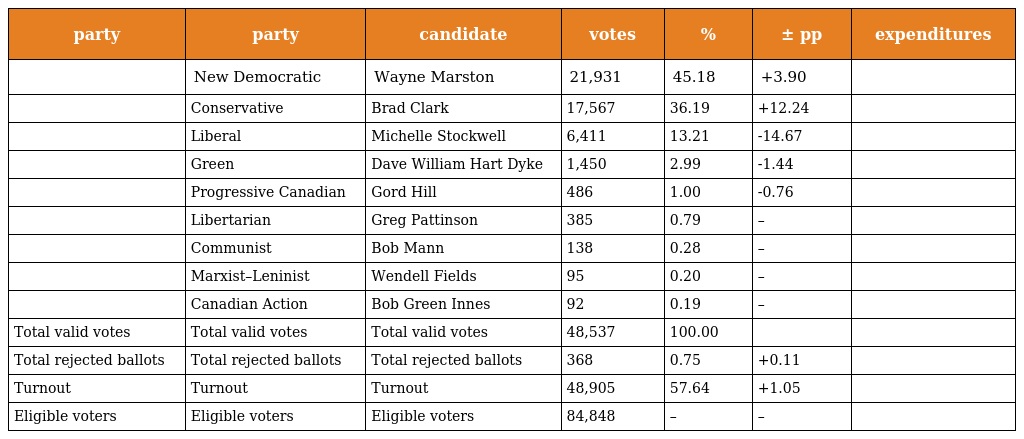
| party | party | candidate | votes | % | ± pp | expenditures |
 | --- | --- | --- | --- | --- | --- | --- |
 |  | New Democratic | Wayne Marston | 21,931 | 45.18 | +3.90 |  |
 |  | Conservative | Brad Clark | 17,567 | 36.19 | +12.24 |  |
 |  | Liberal | Michelle Stockwell | 6,411 | 13.21 | -14.67 |  |
 |  | Green | Dave William Hart Dyke | 1,450 | 2.99 | -1.44 |  |
 |  | Progressive Canadian | Gord Hill | 486 | 1.00 | -0.76 |  |
 |  | Libertarian | Greg Pattinson | 385 | 0.79 | – |  |
 |  | Communist | Bob Mann | 138 | 0.28 | – |  |
 |  | Marxist–Leninist | Wendell Fields | 95 | 0.20 | – |  |
 |  | Canadian Action | Bob Green Innes | 92 | 0.19 | – |  |
 | Total valid votes | Total valid votes | Total valid votes | 48,537 | 100.00 |  |  |
 | Total rejected ballots | Total rejected ballots | Total rejected ballots | 368 | 0.75 | +0.11 |  |
 | Turnout | Turnout | Turnout | 48,905 | 57.64 | +1.05 |  |
 | Eligible voters | Eligible voters | Eligible voters | 84,848 | – | – |  |